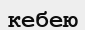
кебею